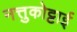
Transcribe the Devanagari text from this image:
नत्तुकोट्टाई